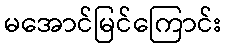
မအောင်မြင်ကြောင်း